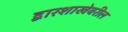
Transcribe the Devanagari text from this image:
द्वारशाखेवरील